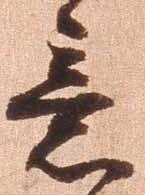
意